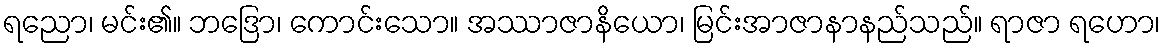
ရညော၊ မင်း၏။ ဘဒြော၊ ကောင်းသော။ အဿာဇာနိယော၊ မြင်းအာဇာနာနည်သည်။ ရာဇာ ရဟော၊